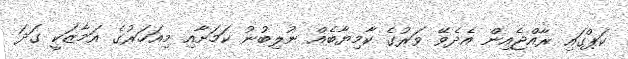
ކަޕްގައި ރާއްޖެއިން އެދެވޭ ވަރުގެ ކާމިޔާބެއް ނުލިބުނު ކަމަށާއި މިއަހަރުގެ އަމާޒަކީ ގަދަ